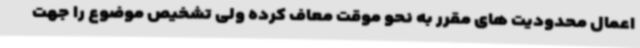
اعمال محدودیت های مقرر به نحو موقت معاف کرده ولی تشخیص موضوع را جهت